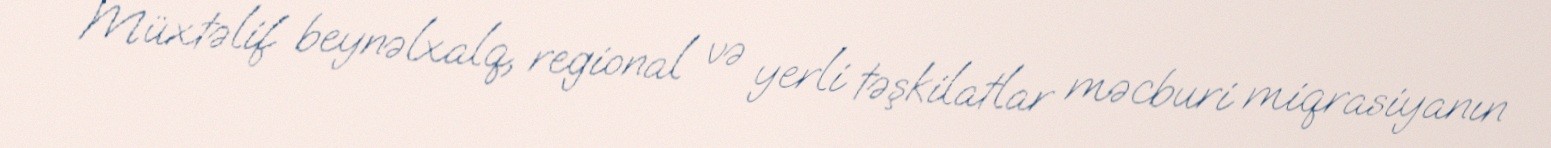
Müxtəlif beynəlxalq, regional və yerli təşkilatlar məcburi miqrasiyanın